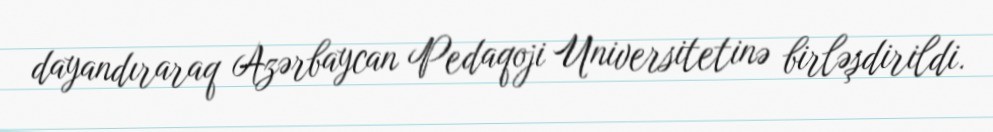
dayandıraraq Azərbaycan Pedaqoji Universitetinə birləşdirildi.